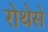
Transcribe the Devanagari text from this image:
रोथेसे